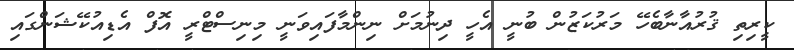
ކީރިތި ޤުރުއާނާބެހޭ މަރުކަޒުން ބުނީ އެހީ ދިނުމަށް ނިންމާފައިވަނީ މިނިސްޓްރީ އޮފް އެޑިއުކޭޝަންގައި